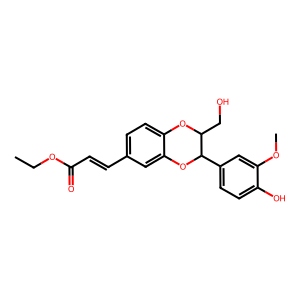
SMILES: CCOC(=O)C=Cc1ccc2c(c1)OC(c1ccc(O)c(OC)c1)C(CO)O2
Inhibits HIV replication: No